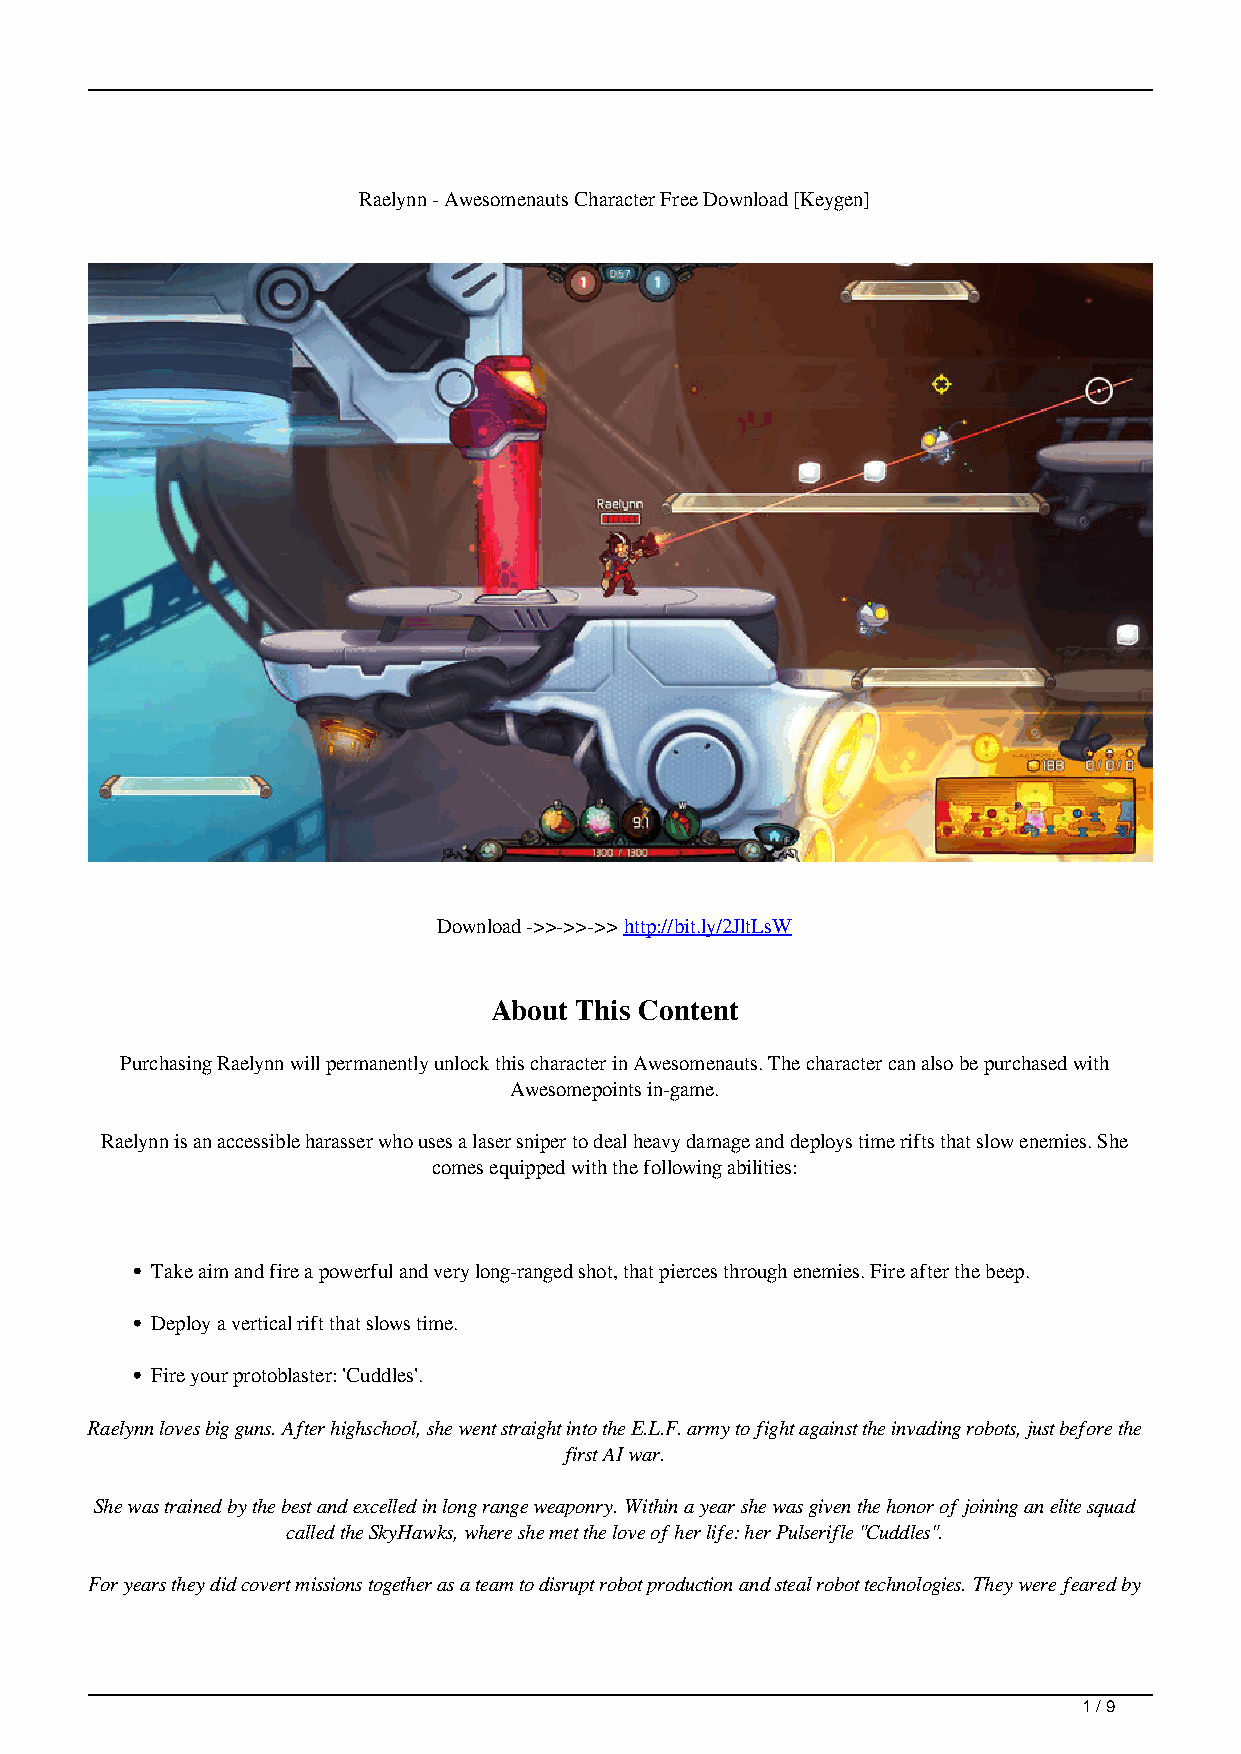
Raelynn - Awesomenauts Character Free Download [Keygen]
 Download ->>->>->> http://bit.ly/2JltLsW
 About This Content
 Purchasing Raelynn will permanently unlock this character in Awesomenauts. The character can also be purchased with
 Awesomepoints in-game.
 Raelynn is an accessible harasser who uses a laser sniper to deal heavy damage and deploys time rifts that slow enemies. She
 comes equipped with the following abilities:
 Take aim and fire a powerful and very long-ranged shot, that pierces through enemies. Fire after the beep.
 Deploy a vertical rift that slows time.
 Fire your protoblaster: 'Cuddles'.
 Raelynn loves big guns. After highschool, she went straight into the E.L.F. army to fight against the invading robots, just before the
 first AI war.
 She was trained by the best and excelled in long range weaponry. Within a year she was given the honor of joining an elite squad
 called the SkyHawks, where she met the love of her life: her Pulserifle "Cuddles".
 For years they did covert missions together as a team to disrupt robot production and steal robot technologies. They were feared by
 1 / 9